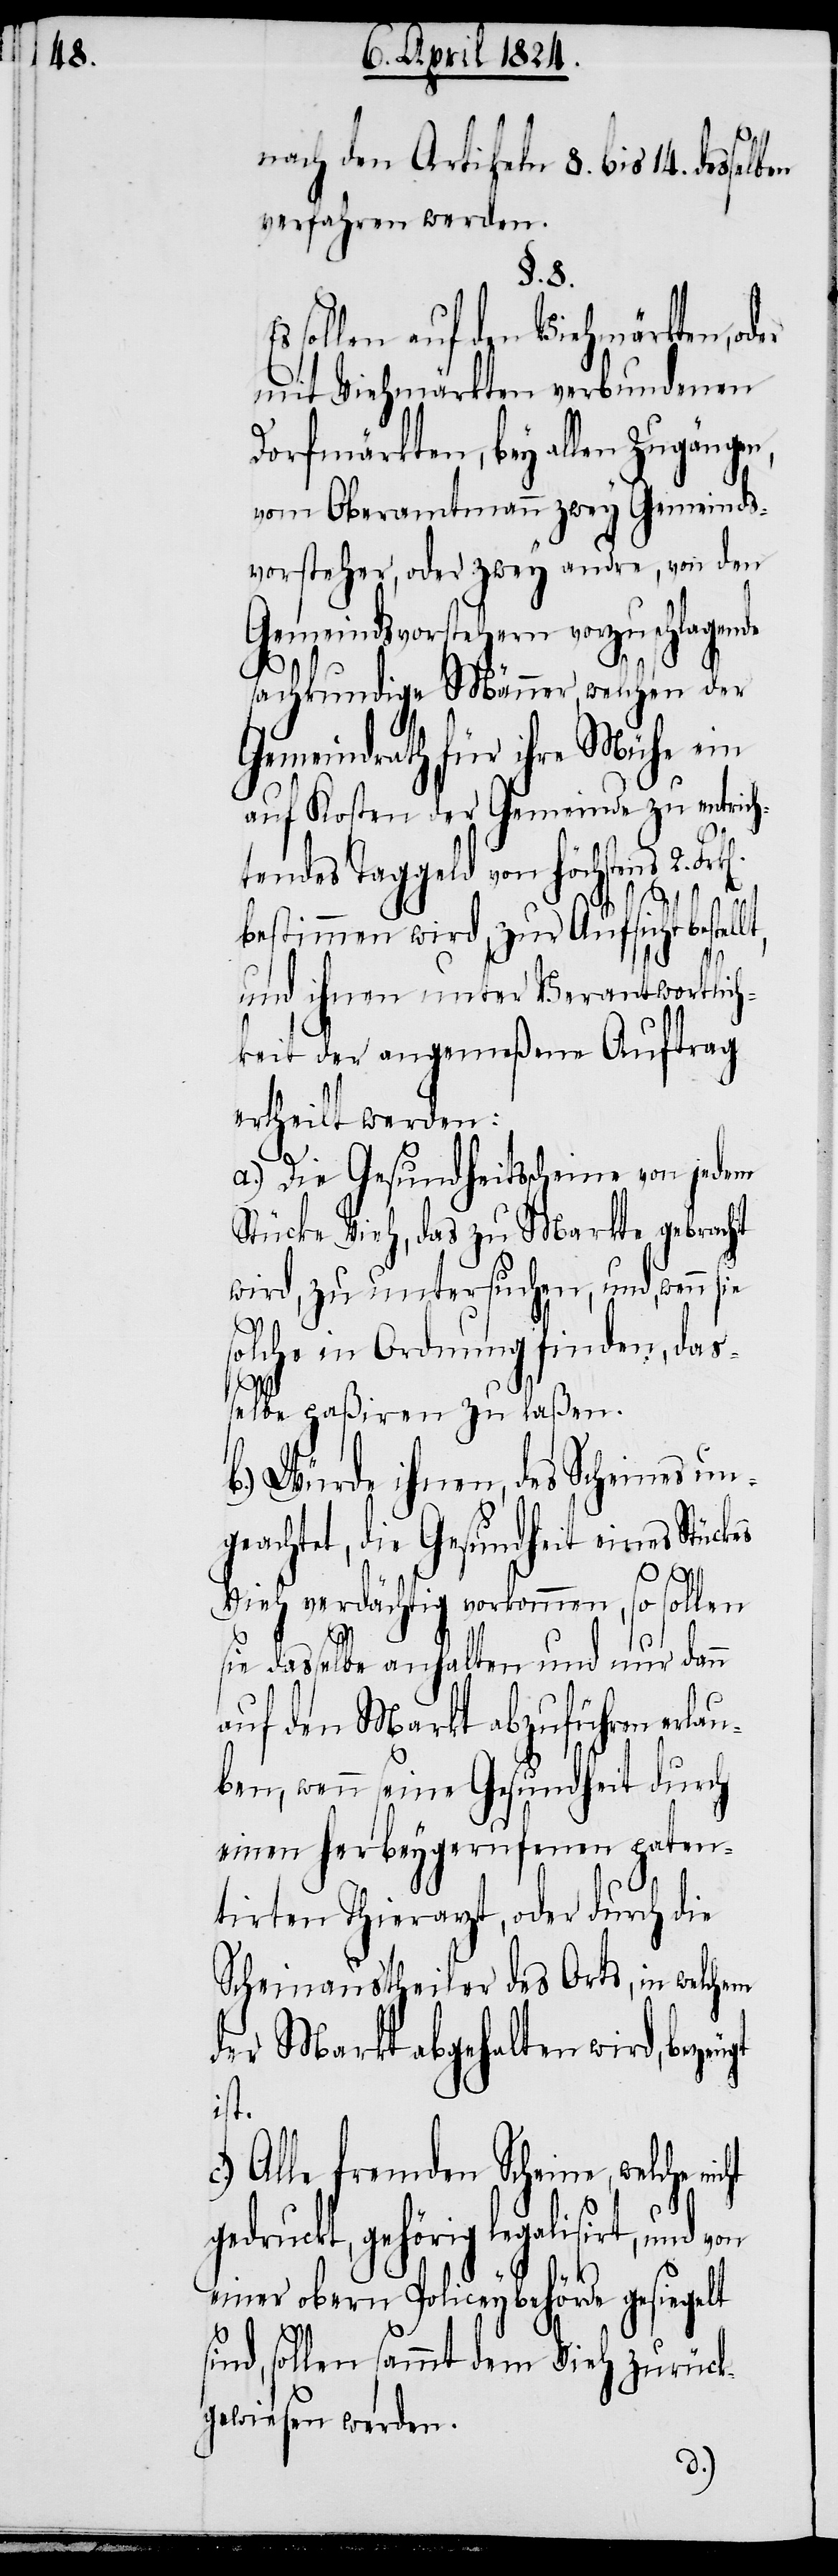
nach den Artikeln 8. bis 14. desselben
verfahren werden.
§. 8.
sollen auf den Viehmärkten, od¬
er mit Viehmärkten verbundenen
Dorfmärkten, bey allen Zugängen,
vom Oberamtmann zwey Gemeinds¬
vorsteher, oder zwey andre, von den
Gemeindsvorstehern vorzuschlagende
sachkundige Männer, welchen der
Gemeindrath für ihre Mühe ein
auf Kosten der Gemeinde zu entrich¬
tendes Taggeld von höchstens 2. Frk[e¬
bestimmen wird, zur Aufsicht
und ihnen unter Verantwortlic¬
hkeit der angemeßene Auftrag
ertheilt werden:
a.) Die Gesundheitsscheine von jedem
Stücke Vieh, das zu Markte gebracht
wird, zu untersuchen, und, wenn sie
solche in Ordnung finden, das¬
selbe paßiren zu laßen.
b.) Würde ihnen, des Scheines un¬
geachtet, die Gesundheit eines Stückes
Vieh verdächtig vorkommen, so sollen
ie dasselbe anhalten und nur dann
auf den Markt abzuführen erlau¬
ben, wenn seine Gesundheit durch
einen herbeygerufenen paten¬
tirten Thierarzt, oder durch die
Scheinaustheiler des Orts, in welchem
der Markt abgehalten wird, beze¬
si¬
Alle fremden Scheine, welche
gehörig legalisirt, und
einer obern Policeybehörde gesiegelt
nd, sollen sammt dem Vieh zurück¬
gewiesen werden
s¬